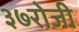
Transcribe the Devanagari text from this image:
३७रोजी